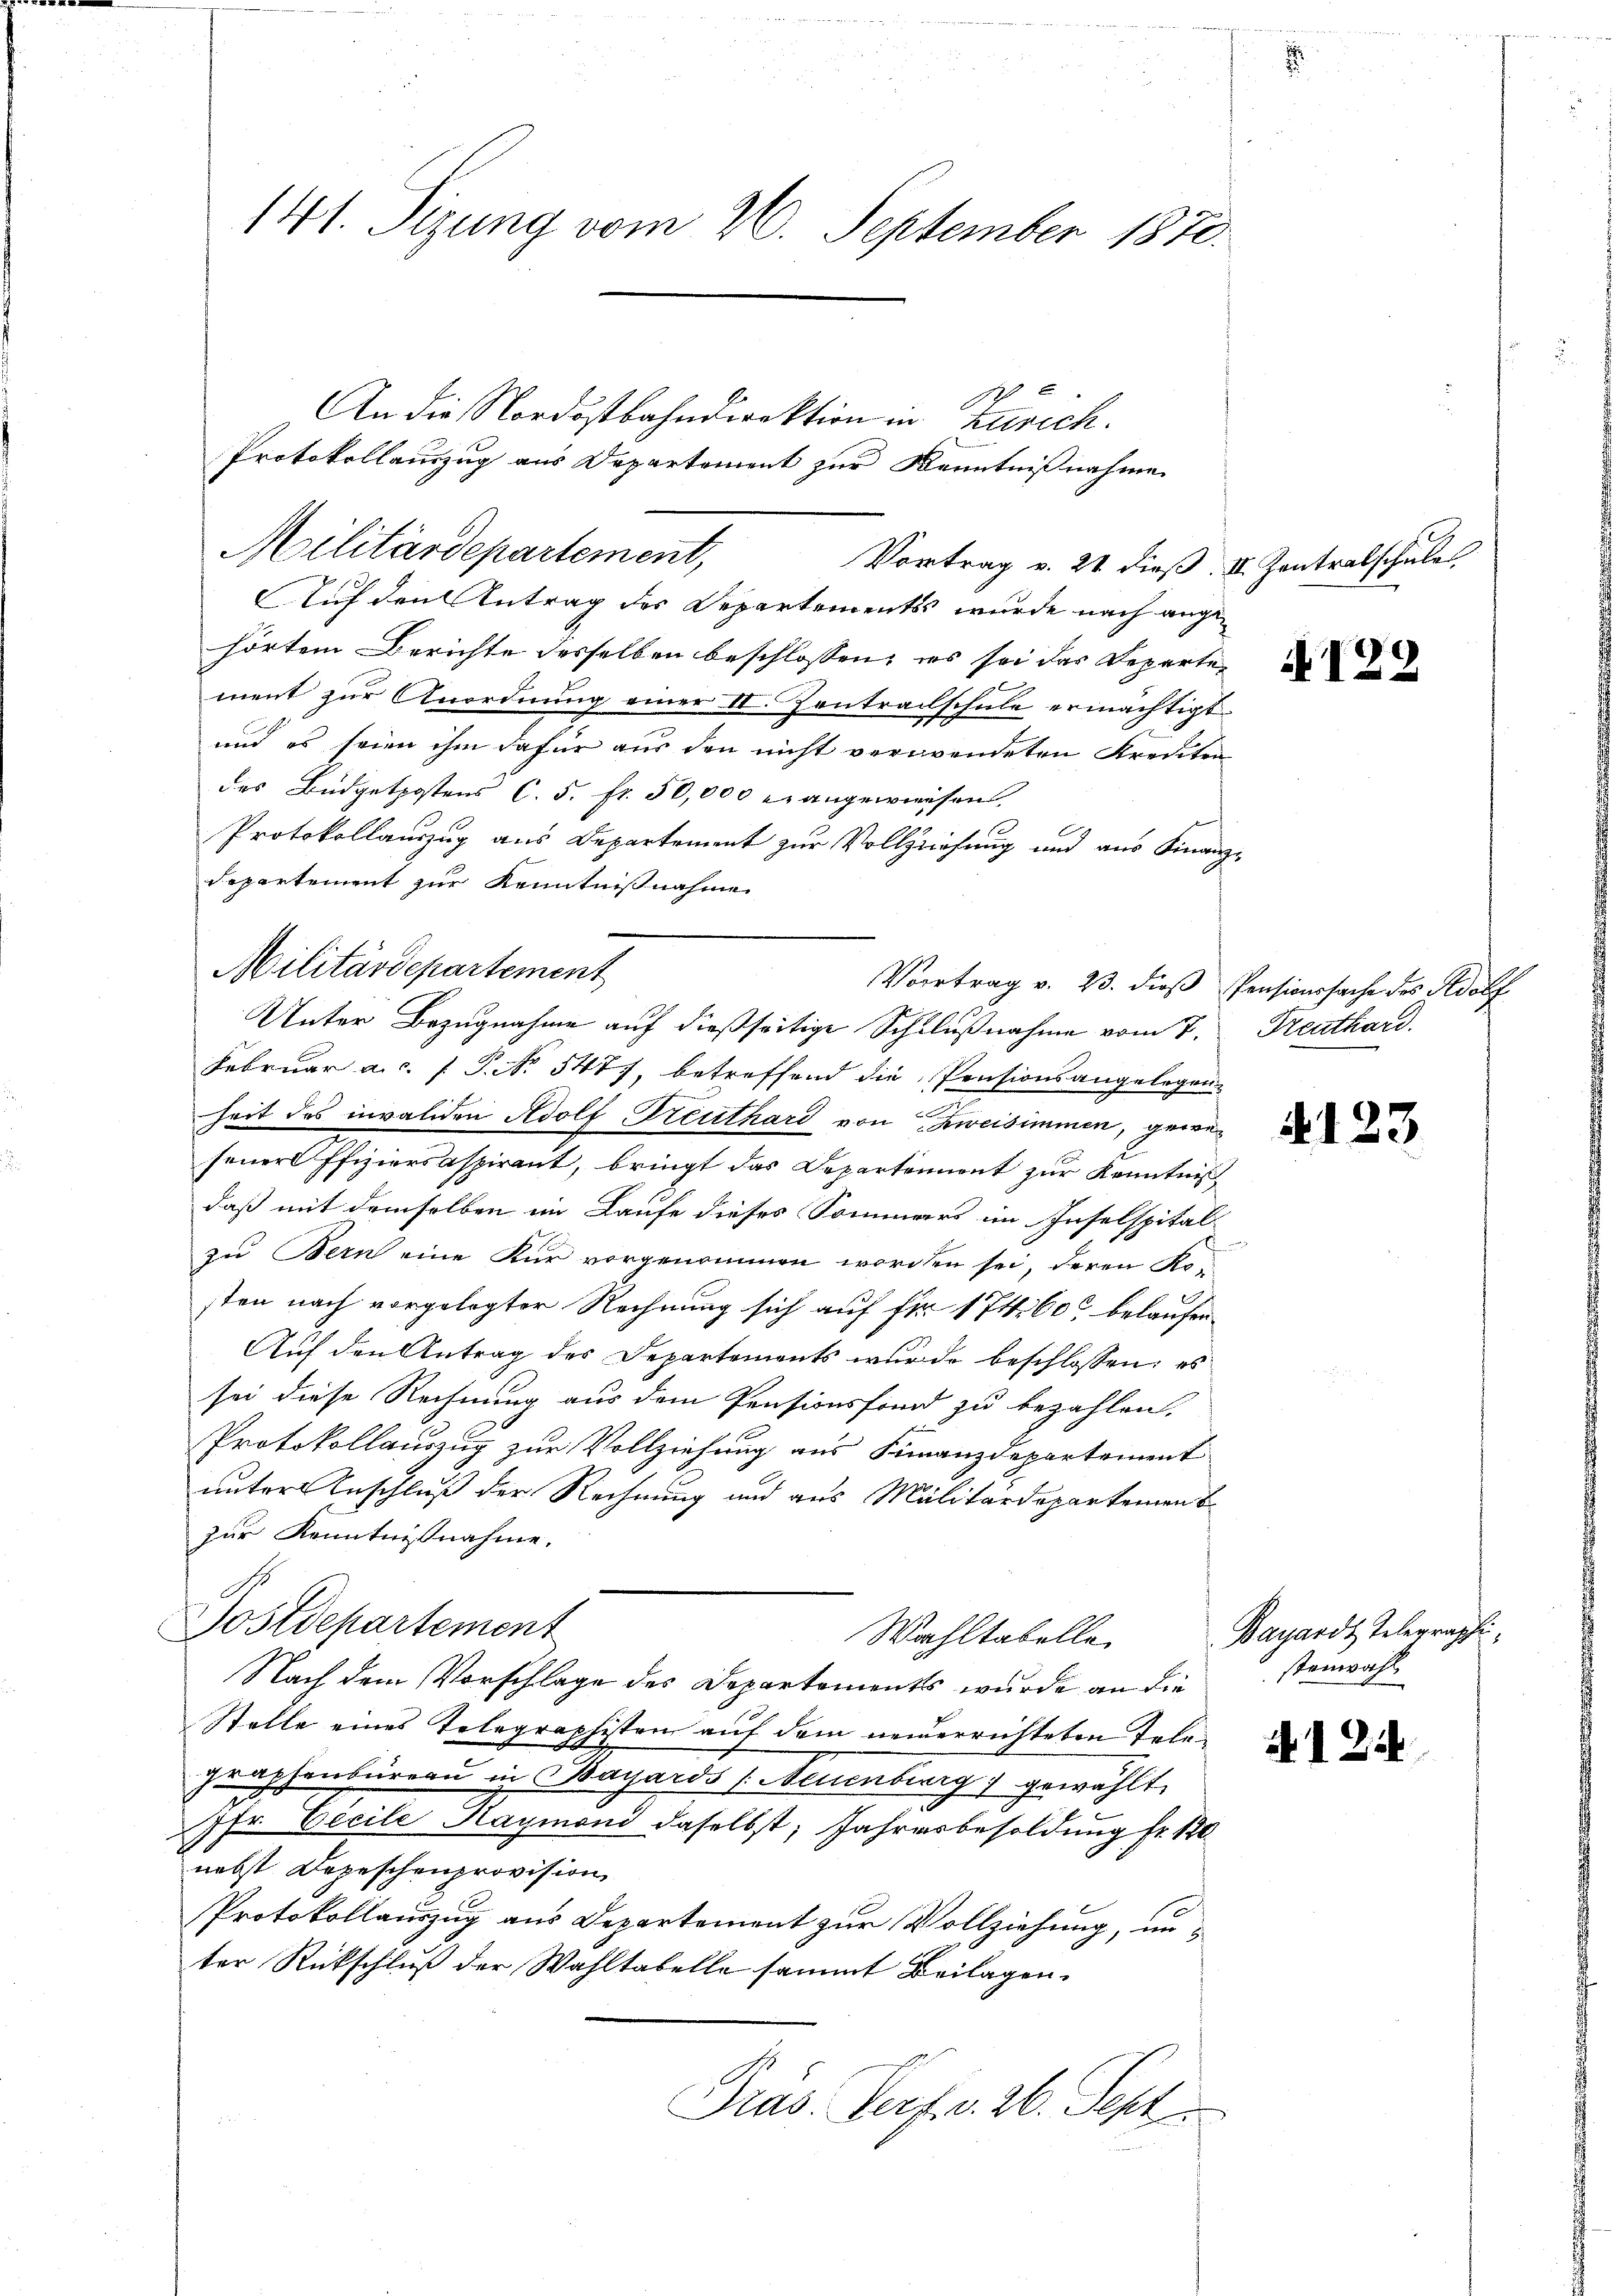
141. Sizung vom 20. September 1870.

Auf den Antrag des Departements wurde nach angehörtem Berichte desselben beschlossen, es sei das Departe,
ment zur Anordnung einer II. Kontralschule ermächtigt
und es seien ihm dafür aus den nicht verwendeten Kreuten
des Büdgetpostens C. 5. fr. 50,000 er angewiesen.
Protokollauszug aus Departement zur Vollziehung und aus Finanz
departement zur Kenntnisnahme
Militärdepartement
Februar a.c. (T. No 547), betreffend die Pensionsangelegen
heit des invaliden Adolf Treuthard von Zweisimmen, gewesener Pfiziersaspirant, bringt das Departement zur Kenntnis
daß mit demselben im Laufe dieses Sommers im Inselspital
zu Bern eine Kur vorgenommen worden sei, deren Ko-
sten nach vorgelegter Rechnung sich auf fr. 17460 belaufen.
Auf den Antrag des Departements wurde beschlossen: es
sei diese Rechnung aus dem Pensionsfond zu bezahlen.
Protokollauszug zur Vollziehung aus Finanzdepartement
unter Anschluß der Rechnung und aus Malitärdepartement
zur Kenntnißnahme.
Postdepartement
Wahltabelle
Nach dem Vorschlage des Departements wurde an die
Stelle eines Telegraphister auf dem neuerrichteten Tele¬
Graphenbüreau in Bayards (Neuenburg gewählt
7fr. Cecile Kaymond daselbst, Jahresbesoldung fr. 120
nebst Depeschenprovision
Protokollauszug aus Departement zur Vollziehung, unter Rückschluß der Wahltabelle sammt Beilagen.
Präs. Verf. v. 26. Sept.

An die Nordostbahndirektion in Zürich.
Protokollauszug aus Departement zur Kenntnißnahme
Militärdepartement,
Vortrag v. 21 dieß.

Vortrag v. 23. dieß
Unter Bezugnahme auf dießseitige Schlußnahme vom 7.

III. Zentralschule.

7

A129

Pensionssache des Adolf
Treuthard.

4.123

Bagardt Telegraphistenwahl

4124